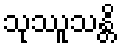
သုဿူသန္တိ